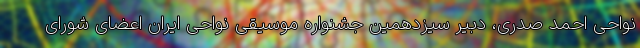
نواحی احمد صدری، دبیر سیزدهمین جشنواره موسیقی نواحی ایران اعضای شورای